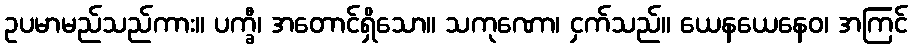
ဥပမာမည်သည်ကား။ ပက္ခီ၊ အတောင်ရှိသော။ သကုဏော၊ ငှက်သည်။ ယေနယေနေဝ၊ အကြင်